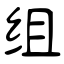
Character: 组